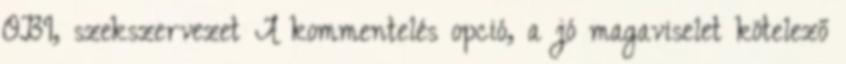
OBI, szekszervezet A kommentelés opció, a jó magaviselet kötelező